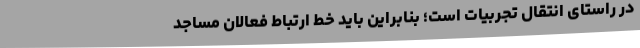
در راستای انتقال تجربیات است؛ بنابراین باید خط ارتباط فعالان مساجد